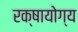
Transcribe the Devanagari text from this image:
रक्षायोग्य